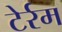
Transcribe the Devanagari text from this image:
टेर्रम